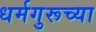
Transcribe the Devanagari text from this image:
धर्मगुरूच्या